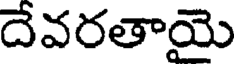
దేవరతాయై